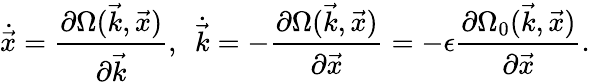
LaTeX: \dot{\vec{x}}=\frac{\partial\Omega(\vec{k},\vec{x})}{\partial\vec{k}},\ \ \dot{\vec{k}}=-\frac{\partial\Omega(\vec{k},\vec{x})}{\partial\vec{x}}=-\epsilon\frac{\partial\Omega_{0}(\vec{k},\vec{x})}{\partial\vec{x}}.